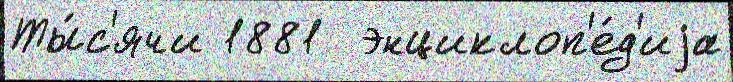
Ты́с'ячи 1881  энциклоп'е́д'иjа